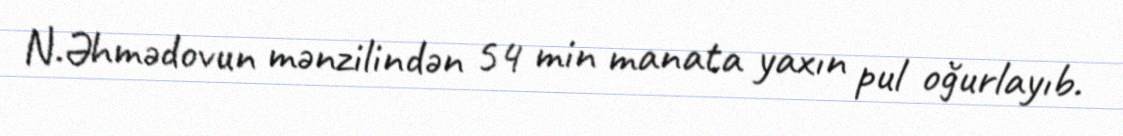
N.Əhmədovun mənzilindən 54 min manata yaxın pul oğurlayıb.